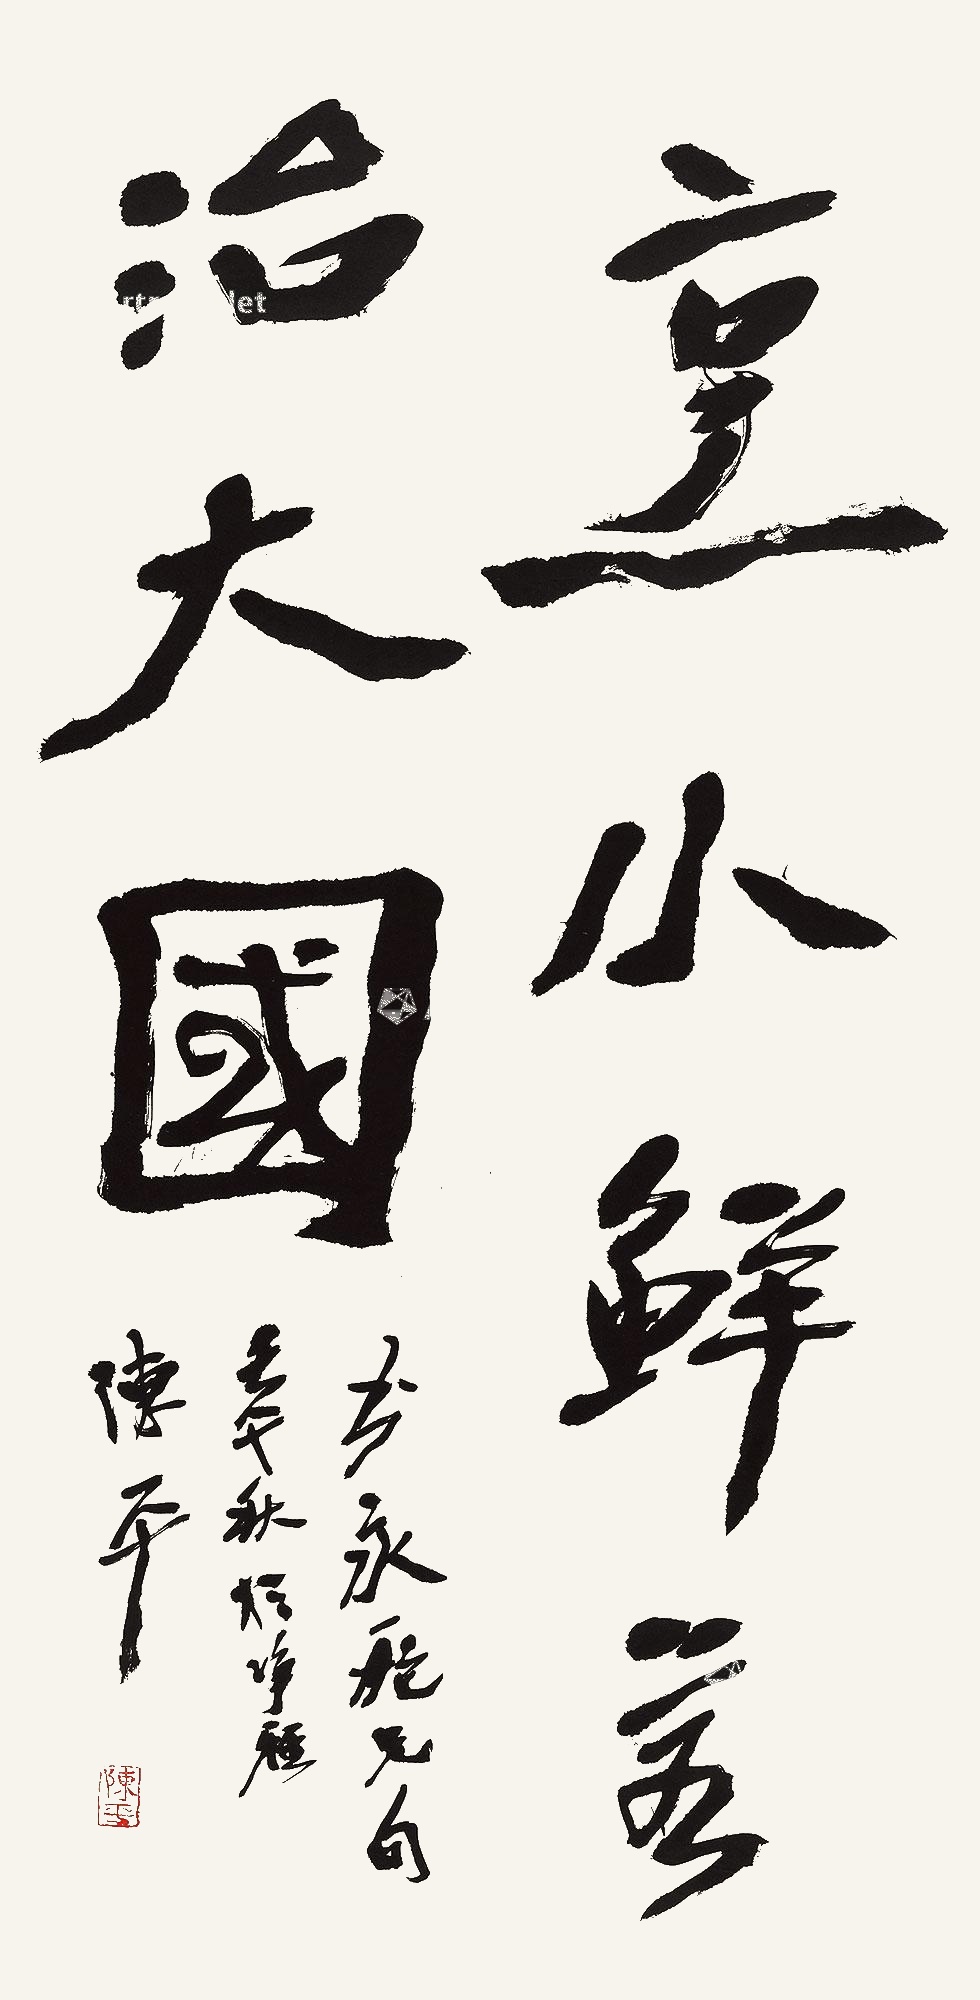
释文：烹小鲜若治大国。书永舵兄句。壬午秋于净雅，陈平。